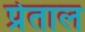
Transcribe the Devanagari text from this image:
प्रेताल